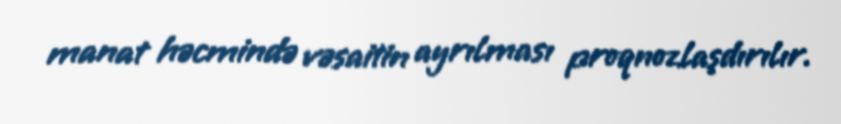
manat həcmində vəsaitin ayrılması proqnozlaşdırılır.